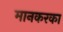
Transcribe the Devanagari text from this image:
मानकरका